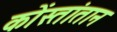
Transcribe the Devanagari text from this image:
कोंस्तांतान